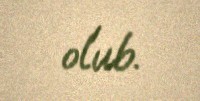
olub.